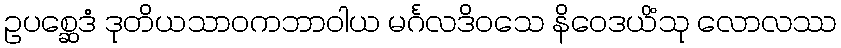
ဥပစ္ဆေဒံ ဒုတိယသာဝကဘာဝါယ မင်္ဂလဒိဝသေ နိဝေဒယိံသု လောလဿ